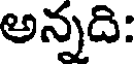
అన్నది: